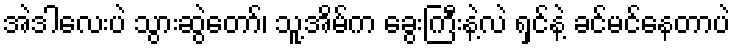
အဲဒါလေးပဲ သွားဆွဲတော်၊ သူ့အိမ်က ခွေးကြီးနဲ့လဲ ရှင်နဲ့ ခင်မင်နေတာပဲ